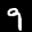
Label: 9